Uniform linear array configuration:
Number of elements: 24
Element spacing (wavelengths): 0.75
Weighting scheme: blackman
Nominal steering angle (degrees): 60
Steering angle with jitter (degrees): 61.046
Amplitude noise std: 0.05
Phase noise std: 0.05

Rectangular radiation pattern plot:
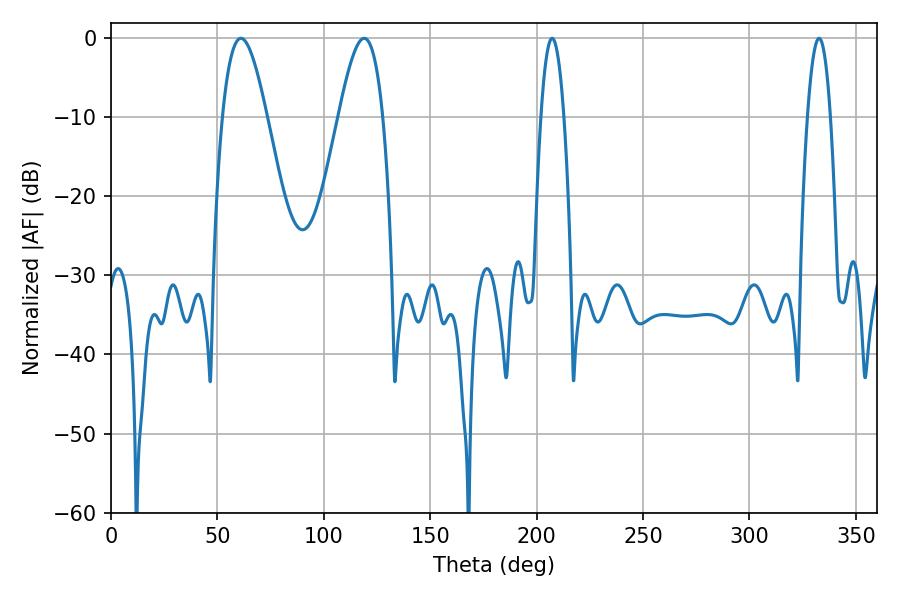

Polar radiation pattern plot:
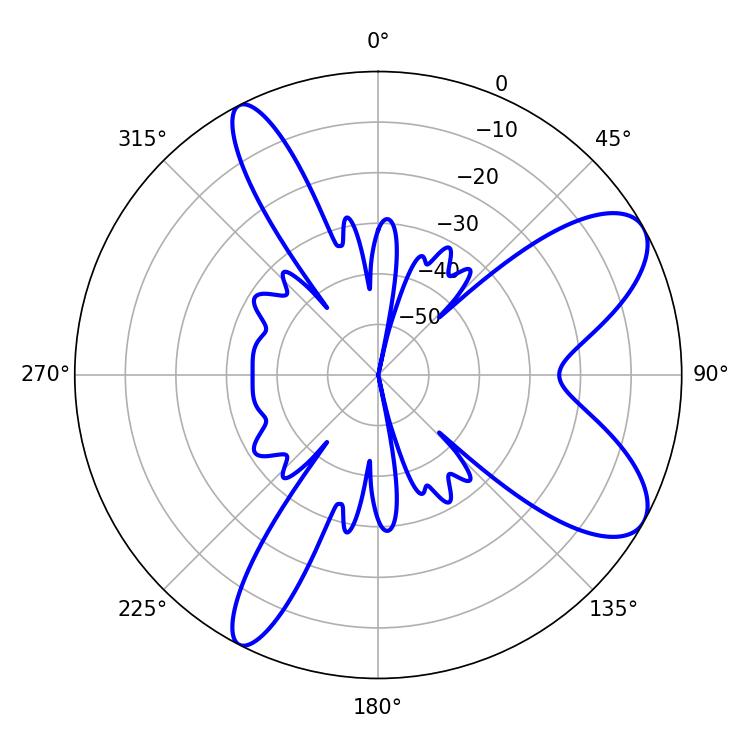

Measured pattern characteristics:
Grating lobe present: TRUE
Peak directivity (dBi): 8.594
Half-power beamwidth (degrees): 11.16
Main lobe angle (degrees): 61.02